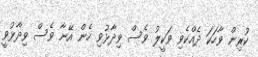
ކުރިން ވާހަކަ ދެއްކެވި ވަކީލު ވެސް ވިދާޅުވި ހެން އޭނާ ވެސް ވިދާޅުވީ